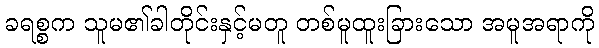
ခရစ္စက သူမ၏ခါတိုင်းနှင့်မတူ တစ်မူထူးခြားသော အမူအရာကို